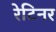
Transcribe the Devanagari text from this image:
रेटिनर